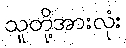
သူတို့အားလုံး